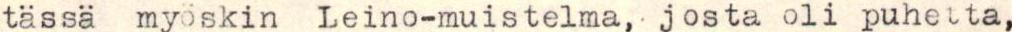
tässä myöskin Leino-muistelma, josta oli puhetta,